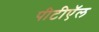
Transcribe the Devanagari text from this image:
पीटीऍल